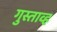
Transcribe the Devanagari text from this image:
गुस्ताव्ह